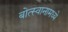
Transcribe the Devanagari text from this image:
बोत्स्वानामध्ये